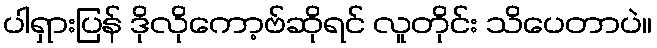
ပါရှားပြန် ဒိုလိုကော့ဗ်ဆိုရင် လူတိုင်း သိပေတာပဲ။